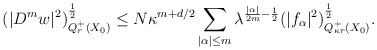
\begin{align*}&(|D^m w|^2)^{\frac{1}{2}}_{Q^+_r(X_0)}\le N\kappa^{m+d/2}\sum_{|\alpha|\le m}\lambda^{\frac{|\alpha|}{2m}-\frac{1}{2}}(|f_\alpha|^2)_{Q^+_{\kappa r}(X_0)}^{\frac{1}{2}}.\end{align*}